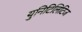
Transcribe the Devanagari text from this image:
युनिटिलिटिज